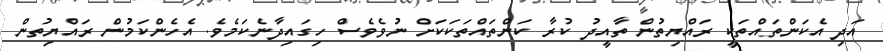
އަދި އެކަންތައްތަކީ ރައްޔިތުން ތާއީދު ކުރާ ކަންތައްތަކަކަށް ނުވެވެސް ހިގައިދާނެކަމެވެ. އެހެންކަމުން ރައްޔިތުން